Vaccination United Provinces of Agra and Oudh 1914-1922 - 1914-1922
Year: 1914
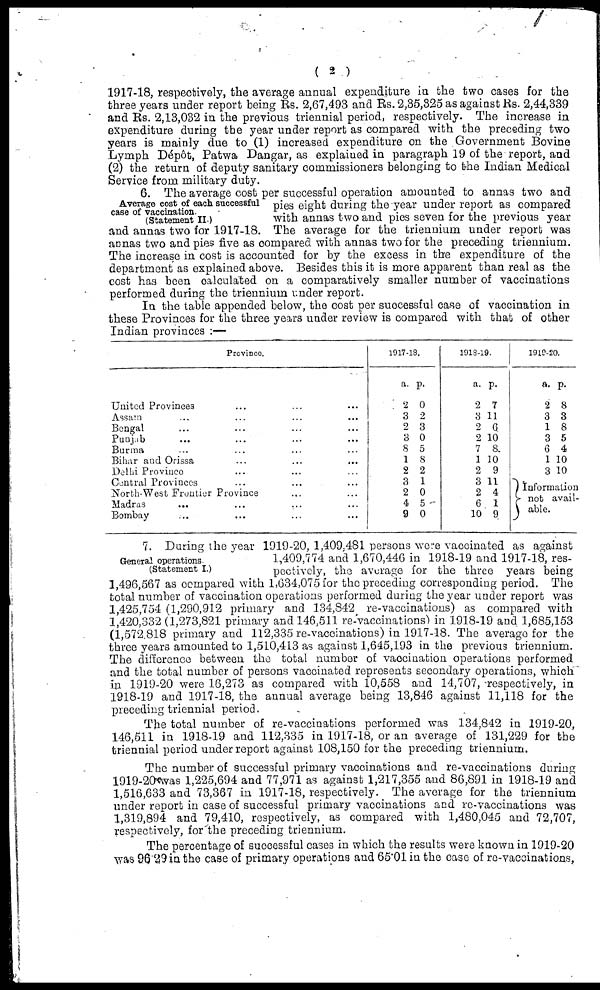
( 2 )
1917-18, respectively, the average annual expenditure in the two cases for the
three years under report being Rs. 2,67,493 and Rs. 2,35,325 as against Rs. 2,44,339
and Rs. 2,13,032 in the previous triennial period, respectively. The increase in
expenditure during the year under report as compared with the preceding two
years is mainly due to (1) increased expenditure on the Government Bovine
Lymph Dépôt, Patwa Dangar, as explained in paragraph 19 of the report, and
(2) the return of deputy sanitary commissioners belonging to the Indian Medical
Service from military duty.
Average cost of each successful
case of vaccination.
(Statement II )
6. The average cost per successful operation amounted to annas two and
pies eight during the year under report as compared
with annas two and pics seven for the previous year
and annas two for 1917-18. The average for the triennium under report was
annas two and pies five as compared with annas two for the preceding triennium.
The increase in cost is accounted for by the excess in the expenditure of the
department as explained above. Besides this it is more apparent than real as the
cost has been calculated on a comparatively smaller number of vaccinations
performed during the triennium under report.
In the table appended below, the cost per successful case of vaccination in
these Provinces for the three years under review is compared with that of other
Indian provinces :—
Province.
United Provinces ... ... ...
Assam ... ... ... ...
Bengal ... ... ... ...
Punjab ... ... ... ...
Burma ... ... ... ...
Bihar and Orissa ... ... ...
Delhi Province ... ... ...
Central Provinces ... ... ...
North-West Frontier Province ... ...
Madras ... ... ... ...
Bombay ... ... ... ...
1917-18.
a.
2
3
2
3
8
1
2
3
2
4
9
p.
0
2
3
0
5
8
2
1
0
5
0
1918-19.
a.
2
3
2
2
7
1
2
3
2
6
10
p.
7
11
6
10
8
10
9
11
4
1
9
1919-20.
a.
2
3
1
3
6
1
3
p.
8
3
8
5
4
10
10
Information
not avail-
able.
General operations
(Statement I.)
7. During the year 1919-20, 1,409,481 persons were vaccinated as against
1,409,774 and 1,670,446 in 1918-19 and 1917-18, res-
pectively, the average for the three years being
1,496,567 as compared with 1,634,075 for the preceding corresponding period. The
total number of vaccination operations performed during the year under report was
1,425,754 (1,290,912 primary and 134,842 re-vaccinations) as compared with
1,420,332 (1,273,821 primary and 146,511 re-vaccinations) in 1918-19 and 1,685,153
(1,572,818 primary and 112,335 re-vaccinations) in 1917-18. The average for the
three years amounted to 1,510,413 as against 1,645,193 in the previous triennium.
The difference between the total number of vaccination operations performed
and the total number of persons vaccinated represents secondary operations, which
in 1919-20 were 16,273 as compared with 10,558 and 14,707, respectively, in
1918-19 and 1917-18, the annual average being 13,846 against 11,118 for the
preceding triennial period.
The total number of re-vaccinations performed was 134,842 in 1919-20,
146,511 in 1918-19 and 112,335 in 1917-18, or an average of 131,229 for the
triennial period under report against 108,150 for the preceding triennium.
The number of successful primary vaccinations and re-vaccinations during
1919-20 was 1,225,694 and 77,971 as against 1,217,355 and 86,891 in 1918-19 and
1,516,633 and 73,367 in 1917-18, respectively. The average for the triennium
under report in case of successful primary vaccinations and re-vaccinations was
1,319,894 and 79,410, respectively, as compared with 1,480,045 and 72,707,
respectively, for the preceding triennium.
The percentage of successful cases in which the results were known in 1919-20
was 96.29 in the case of primary operations and 65.01 in the case of re-vaccinations,